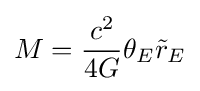
M={\frac {c^{2}}{4G}}\theta _{E}{\tilde {r}}_{E}